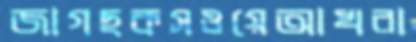
জাগছকসওয়েআখরা